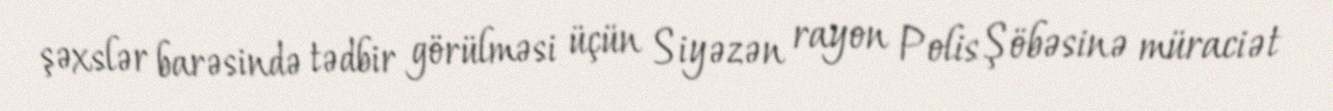
şəxslər barəsində tədbir görülməsi üçün Siyəzən rayon Polis Şöbəsinə müraciət